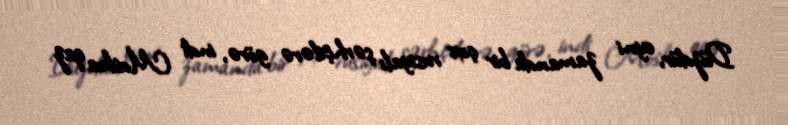
Düzdür, eyni zamanda bir çox rusiyalı şərhçilərə görə, indi Moskva qaz